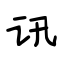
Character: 讯